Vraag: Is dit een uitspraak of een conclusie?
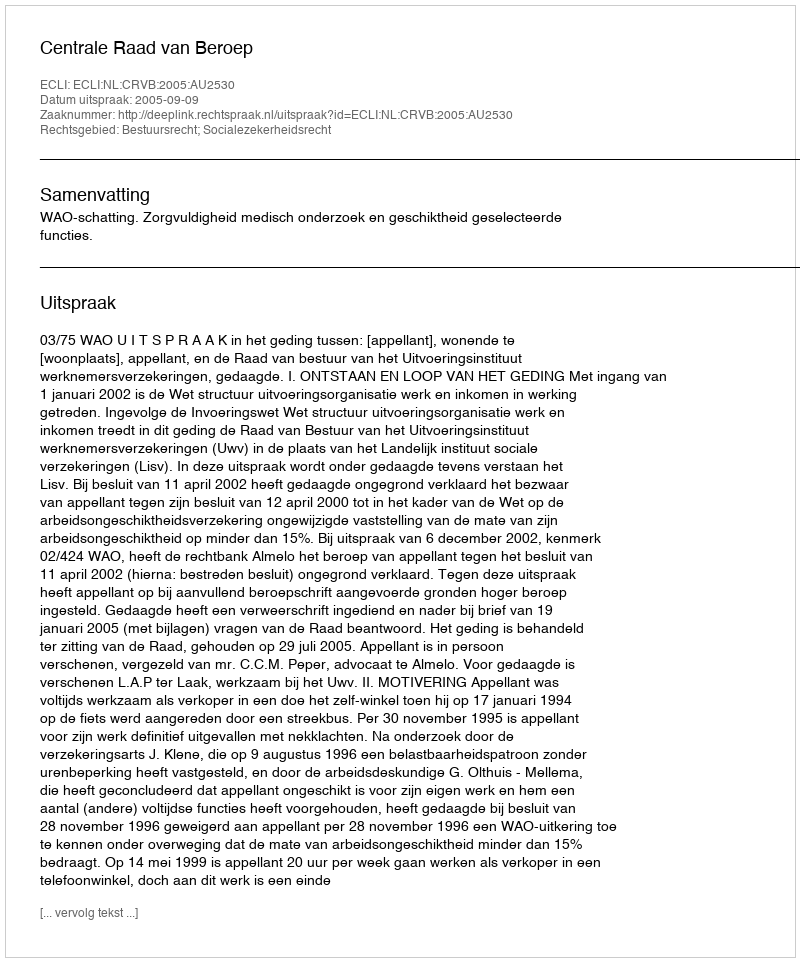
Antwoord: Uitspraak